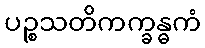
ပဉ္စသတိကက္ခန္ဓကံ